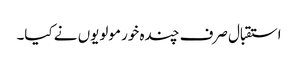
استقبال صرف چندہ خور مولویوں نے کیا۔